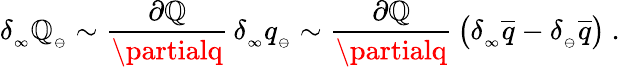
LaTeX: \delta_{_\infty}\mathbb{Q}_{_{\ominus}}\sim{\frac{{\partial\mathbb{Q}}}{{\partialq}}}\, \delta_{_\infty}q_{_{\ominus}}\sim{\frac{{\partial\mathbb{Q}}}{{\partialq}}}\, \big(\delta_{_\infty}\overline{{{{q}}}}-\delta_{_\ominus}\overline{{{{q}}}}\big)\ .